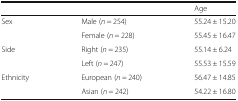
|  |  | Age |
 | --- | --- | --- |
 | <ROWSPAN=2> Sex | Male (n = 254) | 55.24 ± 15.20 |
 | Female (n = 228) | 55.45 ± 16.47 |
 | <ROWSPAN=2> Side | Right (n = 235) | 55.14 ± 6.24 |
 | Left (n = 247) | 55.53 ± 15.59 |
 | <ROWSPAN=2> Ethnicity | European (n = 240) | 56.47 ± 14.85 |
 | Asian (n = 242) | 54.22 ± 16.80 |